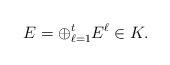
LaTeX: \begin{align*} E=\oplus_{\ell=1}^t E^\ell \in K.\end{align*}